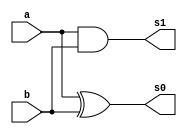
// -------------------------
// Guia 05 - Exemplo0034.v
// Nome: Wender Zacarias Xavier 
// ------------------------- 

//--------------------------------------------------------
//-- Half Sum
//---------------------------------------------------------

module halfsum (output s0, output s1, input a, input b);

   xor XOR1(s0,a,b);
   and AND1(s1,a,b);

endmodule // halfsum

//---------------------------------------------------------


//--------------------------------------------------------
//-- Complete Sum
//---------------------------------------------------------

module completesum (output s0, output s1,input CarryIn, input a, input b);

	wire carryout1;	
	wire shs;
	wire carryout2;	
	
   
   halfsum HF1(shs,carryout1,a,b);
   halfsum HF2(s0,carryout2,CarryIn,shs);
   or OR1 (s1,carryout1,carryout2);

endmodule // completesum

//---------------------------------------------------------

//--------------------------------------------------------
//-- Full Subtractor / Sum
//---------------------------------------------------------

module fullsubs (output s0, output s1,input a, input b, input selec, input cin);

	wire carryout1;	
	wire shs;
	wire carryout2;	
	
   
   xor XOR1(sxor,b,selec);
   completesum CS1(s0,s1,a,sxor,cin);


endmodule // fullsubs

//---------------------------------------------------------


//--------------------------------------------------------
//-- Incremento de 1 operando
//---------------------------------------------------------

module increment (output [5:0] s0, input [5:0] a,input [5:0]increm);

 assign s0 = ( a + increm ); 

endmodule // increment

//---------------------------------------------------------

//--------------------------------------------------------
//-- Decremento de 1 operando
//---------------------------------------------------------

module decrement (output [5:0] s0, input [5:0] a,input [5:0]decrem);

 assign s0 = ( a - decrem[0] ); 

endmodule // decrem

//---------------------------------------------------------

module ex0033 (output s0,
					output s1,
					output s2,
					output s3,
					output s4,
					output s5,
					output s6,
	       		input [5:0]decremento,
	       		input [5:0] a,
		       	input [5:0] b,
		      	input selec);
	
	wire circ1;
	wire circ2;
	wire circ3;
	wire circ4;
	wire circ5;
	wire [5:0]sa;
	wire [5:0]sb;
	wire [5:0]notdecremento;	

	decrement IN1  (sa,a,decremento);
	not NOT1 [5:0] (notdecremento,decremento);
	decrement IN2  (sb,b,notdecremento);
	fullsubs FULL1 (s0,circ1,sa[0],sb[0],selec,selec);
	fullsubs FULL2 (s1,circ2,sa[1],sb[1],circ1,selec);
	fullsubs FULL3 (s2,circ3,sa[2],sb[2],circ2,selec);
	fullsubs FULL4 (s3,circ4,sa[3],sb[3],circ3,selec);
	fullsubs FULL5 (s4,circ5,sa[4],sb[4],circ4,selec);
	fullsubs FULL6 (s5,s6,sa[5],sb[5],circ5,selec);
	

endmodule // ex0033 ;

	module test_ex0033; 
	
// ------------------------- definir dados 
           	reg [5:0] x; 
           	reg [5:0] y; 
				reg [5:0] decremento;
				reg sel;	
	
	wire s0;
	wire s1;
	wire s2;
	wire s3;
	wire s4;
	wire s5;
	wire s6;
		  
	ex0033 ERROR (s0,s1,s2,s3,s4,s5,s6,decremento,x,y,sel);
		
// ------------------------- parte principal
 initial begin
 	x = 6'b000000;		y=6'b111111;	sel = 1;	 decremento = 6'b000001;	
   $display("Exerccio 0033.v - Wender Zacarias Xavier - 427472");
	$display("Test Somador Algbrico ");
	$display("\n *** Resultado ***  ");
	$display("\n Decremento = 1 (Decremento de 1 no Operando no A) \n Decremento = 0 (Decremento de 1 no operando no B) \n");
	$display("\n Selecionador 0 = Soma \n Selecionador 1 = Diferena \n");
	$monitor("x=%b	 y=%b	Sel= %b  Decremento = %b \n  Resultado = %b%b%b%b%b%b%b  \n\n",x,y,sel,decremento[0],s6,s5,s4,s3,s2,s1,s0);

#1 x=6'b001111;	y = 6'b111011;
#1 sel= 6'b111111;
#1 x=6'b001111;	y = 6'b001111;
#1 decremento = 6'b000000;
#1 x=6'b000000; y = 6'b000000;
#1 x=6'b010011;	y = 6'b110011;

	
		end

endmodule //Exemplo0033